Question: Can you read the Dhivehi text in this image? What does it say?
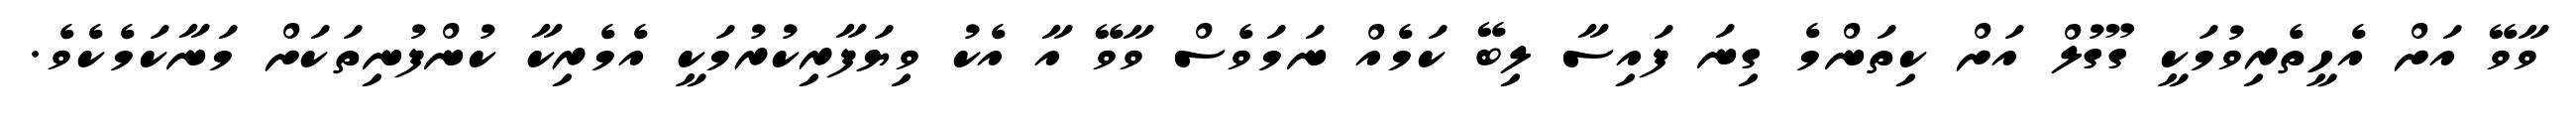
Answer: ވާވޭ އަށް އެހީތެރިވުމަކީ ގޫގުލް އަށް ކިތަންމެ ގިނަ ފައިސާ ލިބޭ ކަމެއް ނަމަވެސް ވާވޭ އާ އެކު ވިޔަފާރިކުރުމަކީ އެމެރިކާ ކުންފުނިތަކަށް މަނާކަމެކެވެ.